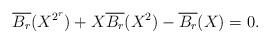
LaTeX: \begin{align*} \overline{B_r}(X^{2^r}) + X\overline{B_r}(X^2) - \overline{B_r}(X) = 0.\end{align*}